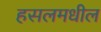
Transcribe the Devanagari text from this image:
हसलमधील